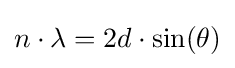
n\cdot \lambda =2d\cdot \sin(\theta )